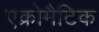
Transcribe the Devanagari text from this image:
एक्रोमैटिक